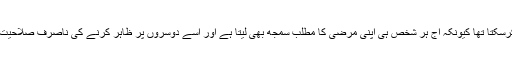
غالب کیلئے دور حاضر انکے دکھوں میں مزید اضافہ کرسکتا تھا کیونکہ آج ہر شخص ہی اپنی مرضی کا مطلب سمجھ بھی لیتا ہے اور اسے دوسروں پر ظاہر کرنے کی ناصرف صلاحیت رکھتا ہے بلکہ بڑی خوبی سے تشہیر بھی کردیتا ہے ۔